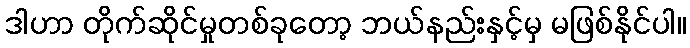
ဒါဟာ တိုက်ဆိုင်မှုတစ်ခုတော့ ဘယ်နည်းနှင့်မှ မဖြစ်နိုင်ပါ။